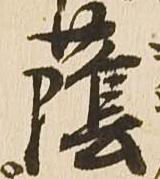
蔭